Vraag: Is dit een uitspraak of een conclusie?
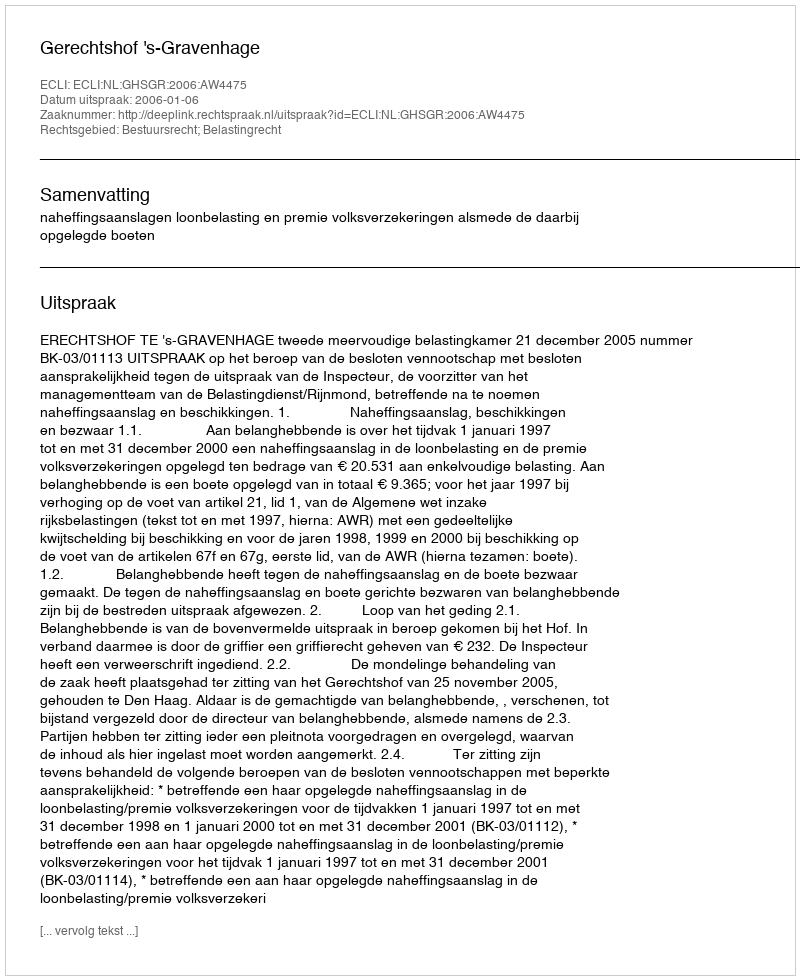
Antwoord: Uitspraak